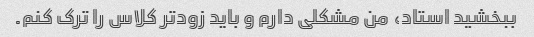
ببخشید استاد، من مشکلی دارم و باید زودتر کلاس را ترک کنم.